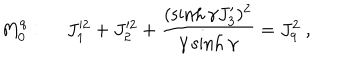
M _ { 0 } ^ { q } : ~ ~ J _ { 1 } ^ { \prime 2 } + J _ { 2 } ^ { \prime 2 } + \displaystyle \frac { ( \sinh \gamma J _ { 3 } ^ { \prime } ) ^ { 2 } } { \gamma \sinh \gamma } = J _ { q } ^ { 2 } ~ ,